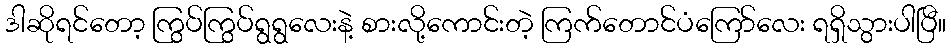
ဒါဆိုရင်တော့ ကြွပ်ကြွပ်ရွရွလေးနဲ့ စားလို့ကောင်းတဲ့ ကြက်တောင်ပံကြော်လေး ရရှိသွားပါပြီ။